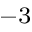
^ { - 3 }